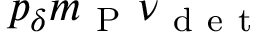
p _ { \delta } m _ { \mathrm { ~ P ~ } } \nu _ { \mathrm { ~ d ~ e ~ t ~ } }